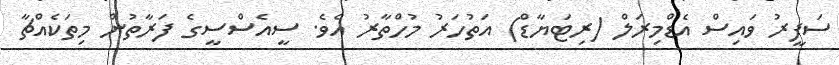
ސަފީރު ވައިސް އެޑްމިރަލް (ރިޓަޔާޑް) އަތުހަރު މުހްތާރު އެވެ. ސީއެސްސީގެ ފަރާތުން މިތަކެއްޗާ